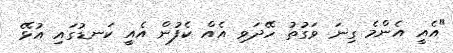
"އެއީ އެންމެ ގިނަ ވަގުތުު ހޭދަވި އެއް ކެފުން އެއީ ކަނޑުގައި އުޅޭ